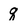
Character: q